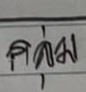
กลุ่ม